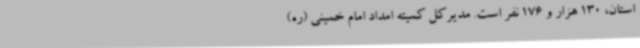
استان، 130 هزار و 176 نفر است. مدیرکل کمیته امداد امام خمینی (ره)